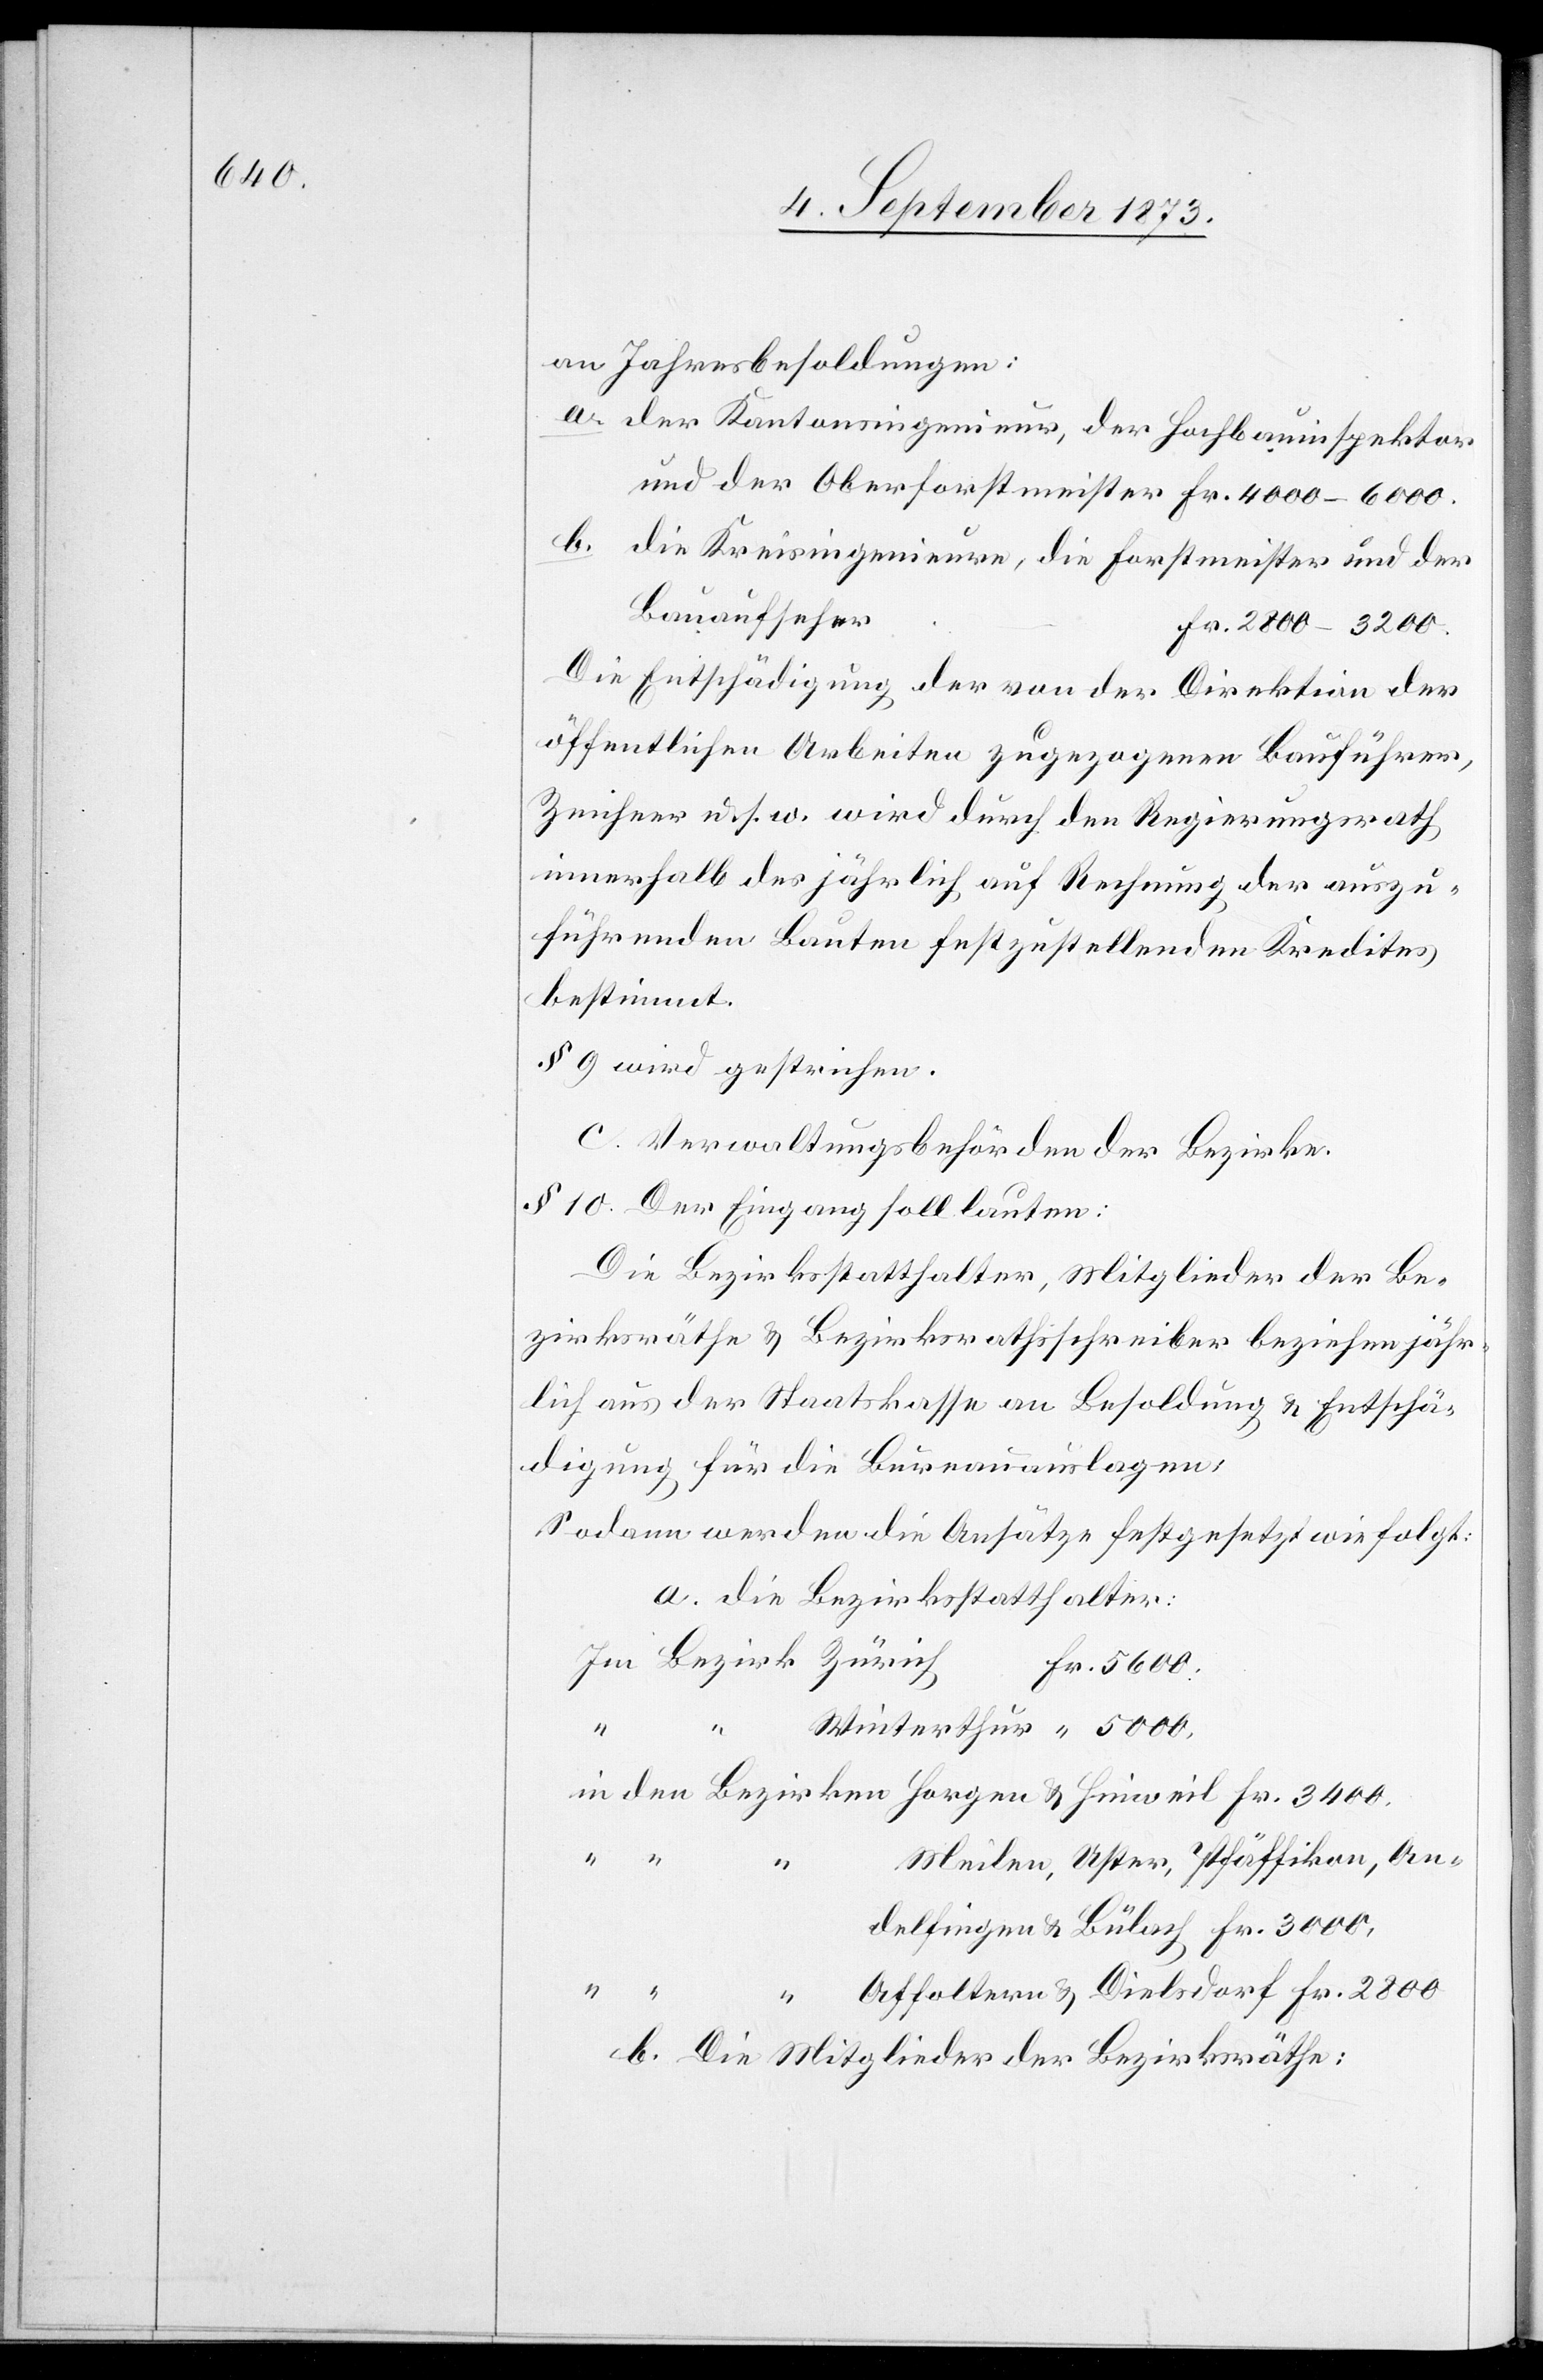
Jahresbesoldungen:
a. der Kantonsingenieur, der Hochbauinspektor
und der Oberforstmeister 	Fr. 4 000–6 000.
b. die Kreisingenieure, die Forstmeister und der
Bauaufseher
Fr. 2 800–3 200.
Die Entschädigung der von der Direktion der
öffentlichen Arbeiten zugezogenen Bauführer,
Zeichner u. s. w. wird durch den Regierungsrath
innerhalb des jährlich auf Rechnung der auszu¬
führenden Bauten festzustellenden Kredites
bestimmt.
§ 9 wird gestrichen.
c. Verwaltungsbehörden der Bezirke.
§ 10. Der Eingang soll lauten:
Die Bezirksstatthalter, Mitglieder der Be¬
zirksräthe & Bezirksrathsschreiber beziehen jähr¬
lich aus der Staatskasse an Besoldung & Entschä¬
digung für die Bureauauslagen:
Sodann werden die Ansätze festgesetzt wie folgt:
a. die Bezirksstatthalter:
Im Bezirk Zürich
800.
2
oltern & Die¬
Meilen, Uster, Pfäffikon, An¬
ken
b. Die Mitglieder der Bezirksräthe: